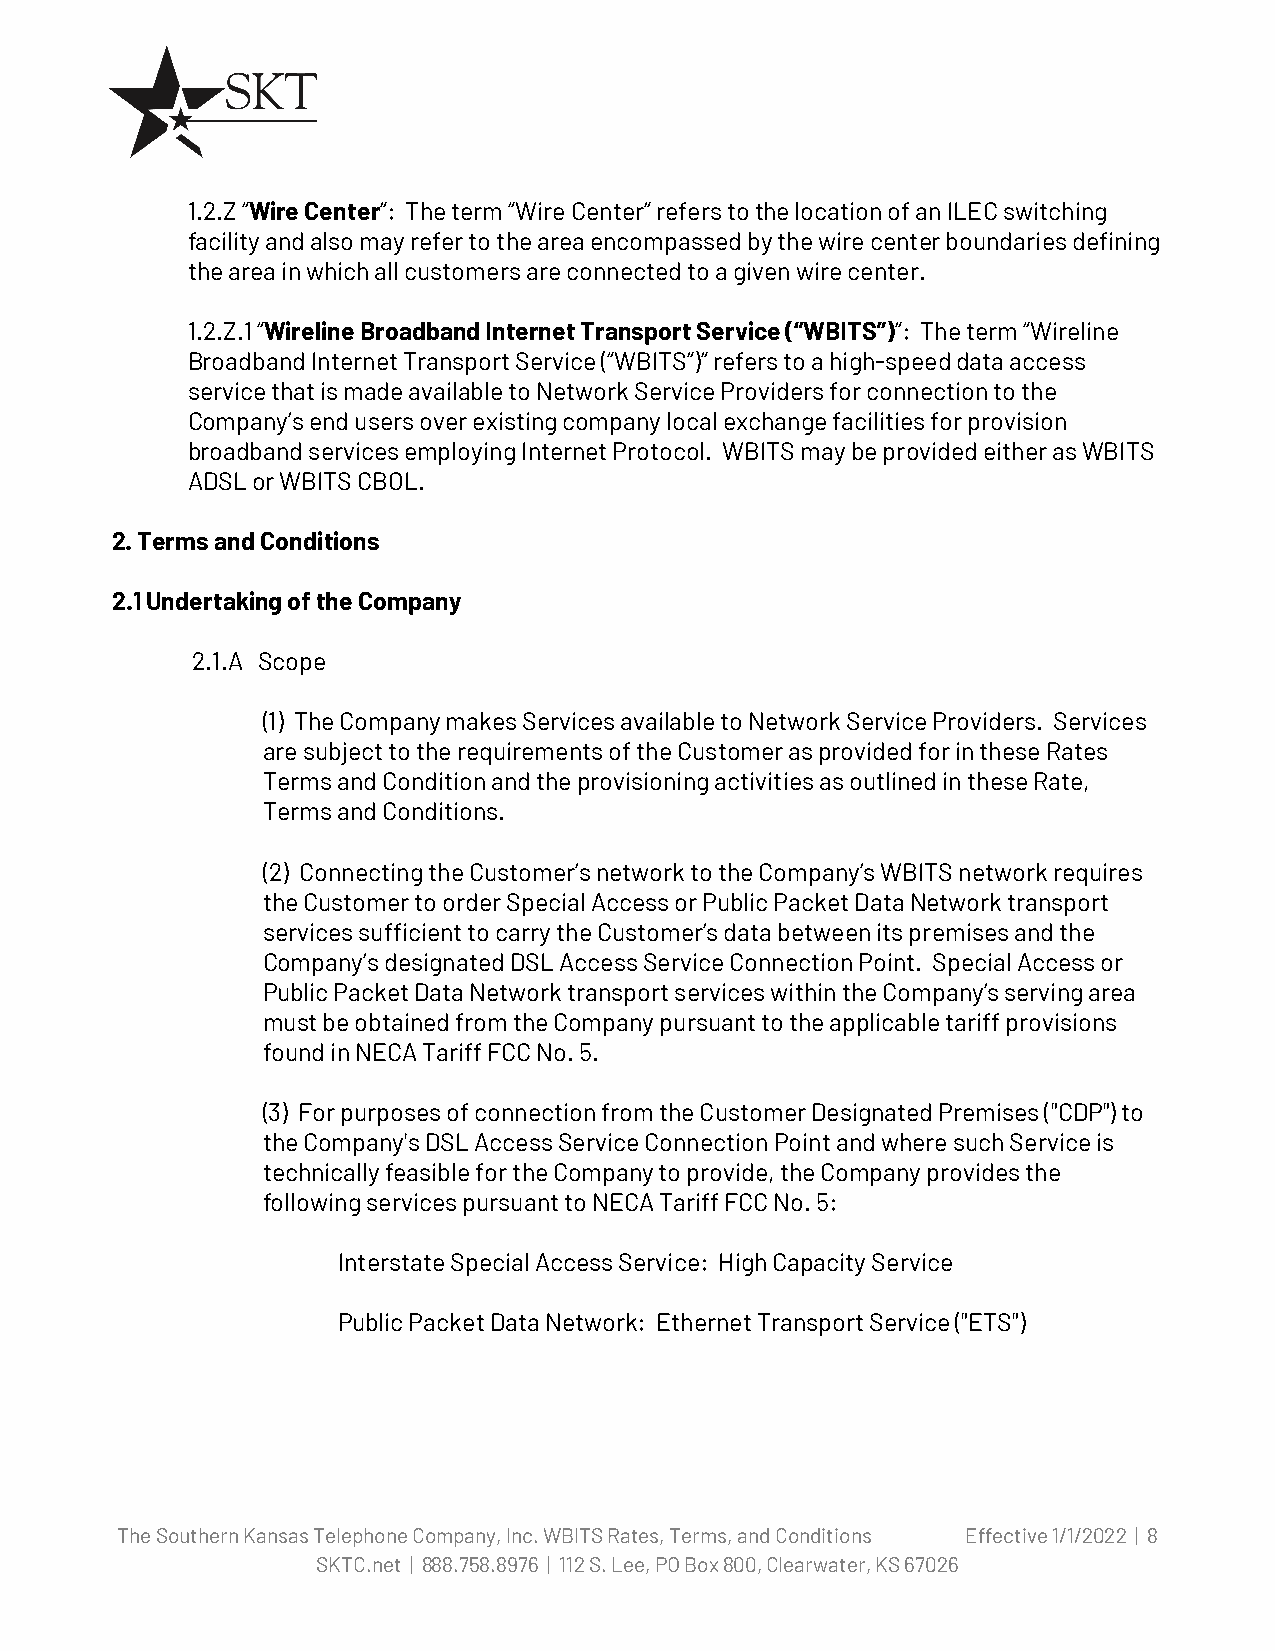
1.2.Z “Wire Center”: The term “Wire Center” refers to the location of an ILEC switching
 facility and also may refer to the area encompassed by the wire center boundaries defining
 the area in which all customers are connected to a given wire center.
 1.2.Z.1 “Wireline Broadband Internet Transport Service (“WBITS”)”: The term “Wireline
 Broadband Internet Transport Service (“WBITS”)” refers to a high-speed data access
 service that is made available to Network Service Providers for connection to the
 Company’s end users over existing company local exchange facilities for provision
 broadband services employing Internet Protocol. WBITS may be provided either as WBITS
 ADSL or WBITS CBOL.
 2. Terms and Conditions
 2.1 Undertaking of the Company
 2.1.A Scope
 (1) The Company makes Services available to Network Service Providers. Services
 are subject to the requirements of the Customer as provided for in these Rates
 Terms and Condition and the provisioning activities as outlined in these Rate,
 Terms and Conditions.
 (2) Connecting the Customer’s network to the Company’s WBITS network requires
 the Customer to order Special Access or Public Packet Data Network transport
 services sufficient to carry the Customer’s data between its premises and the
 Company’s designated DSL Access Service Connection Point. Special Access or
 Public Packet Data Network transport services within the Company’s serving area
 must be obtained from the Company pursuant to the applicable tariff provisions
 found in NECA Tariff FCC No. 5.
 (3) For purposes of connection from the Customer Designated Premises ("CDP") to
 the Company's DSL Access Service Connection Point and where such Service is
 technically feasible for the Company to provide, the Company provides the
 following services pursuant to NECA Tariff FCC No. 5:
 Interstate Special Access Service: High Capacity Service
 Public Packet Data Network: Ethernet Transport Service ("ETS")
 The Southern Kansas Telephone Company, Inc. WBITS Rates, Terms, and Conditions Effective 1/1/2022 | 8
 SKTC.net | 888.758.8976 | 112 S. Lee, PO Box 800, Clearwater, KS 67026